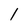
Character: l